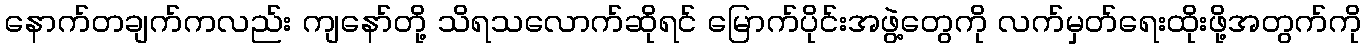
နောက်တချက်ကလည်း ကျနော်တို့ သိရသလောက်ဆိုရင် မြောက်ပိုင်းအဖွဲ့တွေကို လက်မှတ်ရေးထိုးဖို့အတွက်ကို